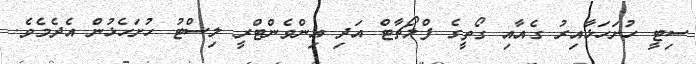
ސިޓީ ހުށަހަޅާއިރު ގެއާއި ގޯތީގެ ފްލޯޗާޓް އަދި އިންވެންޓްރީ ލިސްޓު ހުށަހެޅުން އެދެމެވެ.